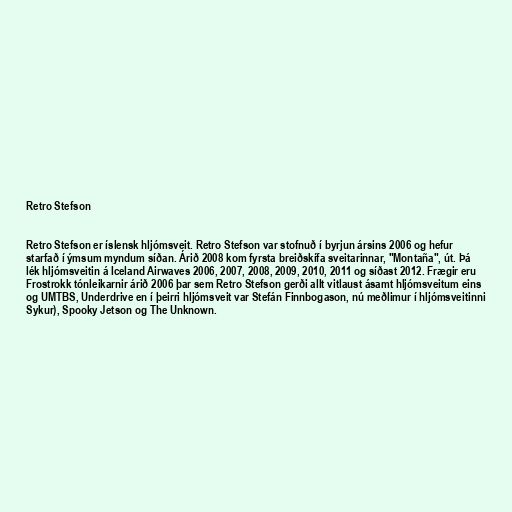
Retro Stefson

Retro Stefson er íslensk hljómsveit. Retro Stefson var stofnuð í byrjun ársins 2006 og hefur
starfað í ýmsum myndum síðan. Árið 2008 kom fyrsta breiðskífa sveitarinnar, "Montaña", út. Þá
lék hljómsveitin á Iceland Airwaves 2006, 2007, 2008, 2009, 2010, 2011 og síðast 2012. Frægir eru
Frostrokk tónleikarnir árið 2006 þar sem Retro Stefson gerði allt vitlaust ásamt hljómsveitum eins
og UMTBS, Underdrive en í þeirri hljómsveit var Stefán Finnbogason, nú meðlimur í hljómsveitinni
Sykur), Spooky Jetson og The Unknown.